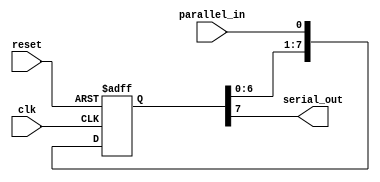
module piso_shift_register(
  input clk, // Clock input
  input reset, // Reset input
  input parallel_in, // Parallel input data
  output serial_out // Serial output data
);

reg [7:0] shift_register; // 8-bit shift register

always @(posedge clk or posedge reset) begin
  if (reset) begin
    shift_register <= 8'b0; // Reset shift register
  end else begin
    shift_register <= {shift_register[6:0], parallel_in}; // Shift data in
  end
end

assign serial_out = shift_register[7]; // Get serial output data

endmodule